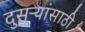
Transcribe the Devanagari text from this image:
दुसऱ्यांसाठी